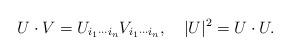
LaTeX: \begin{align*} U\cdot V=U_{i_1\cdots i_n}V_{i_1\cdots i_n},\quad|U|^2=U\cdot U.\end{align*}